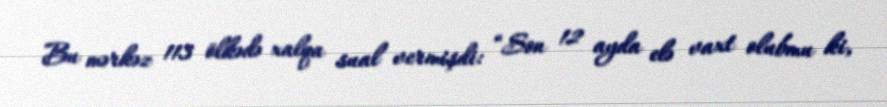
Bu mərkəz 113 ölkədə xalqa sual vermişdi: “Son 12 ayda elə vaxt olubmu ki,